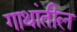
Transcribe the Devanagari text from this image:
गाथांतील